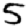
Digit: 5